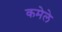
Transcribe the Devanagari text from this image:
कमेले